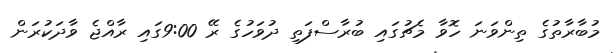
މުބާރާތުގެ ތިންވަނަ ހޮވާ މެޗުގައި ބުރާސްފަތި ދުވަހުގެ ރޭ 9:00ގައި ރާއްޖެ ވާދަކުރަން